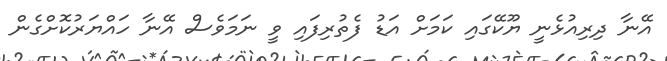
އޭނާ ދިރިއުޅެނީ ޔޫކޭގައި ކަމަށް އަޑު ފެތުރިފައި ވީ ނަމަވެސް އޭނާ ހައްޔަރުކޮށްގެން